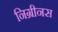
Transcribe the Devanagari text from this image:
निग्रीनस